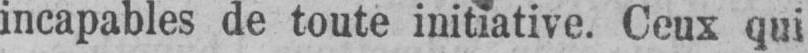
incapables de toute initiative. Ceux qui